kultuurilooline_kollektsioon, lk 98
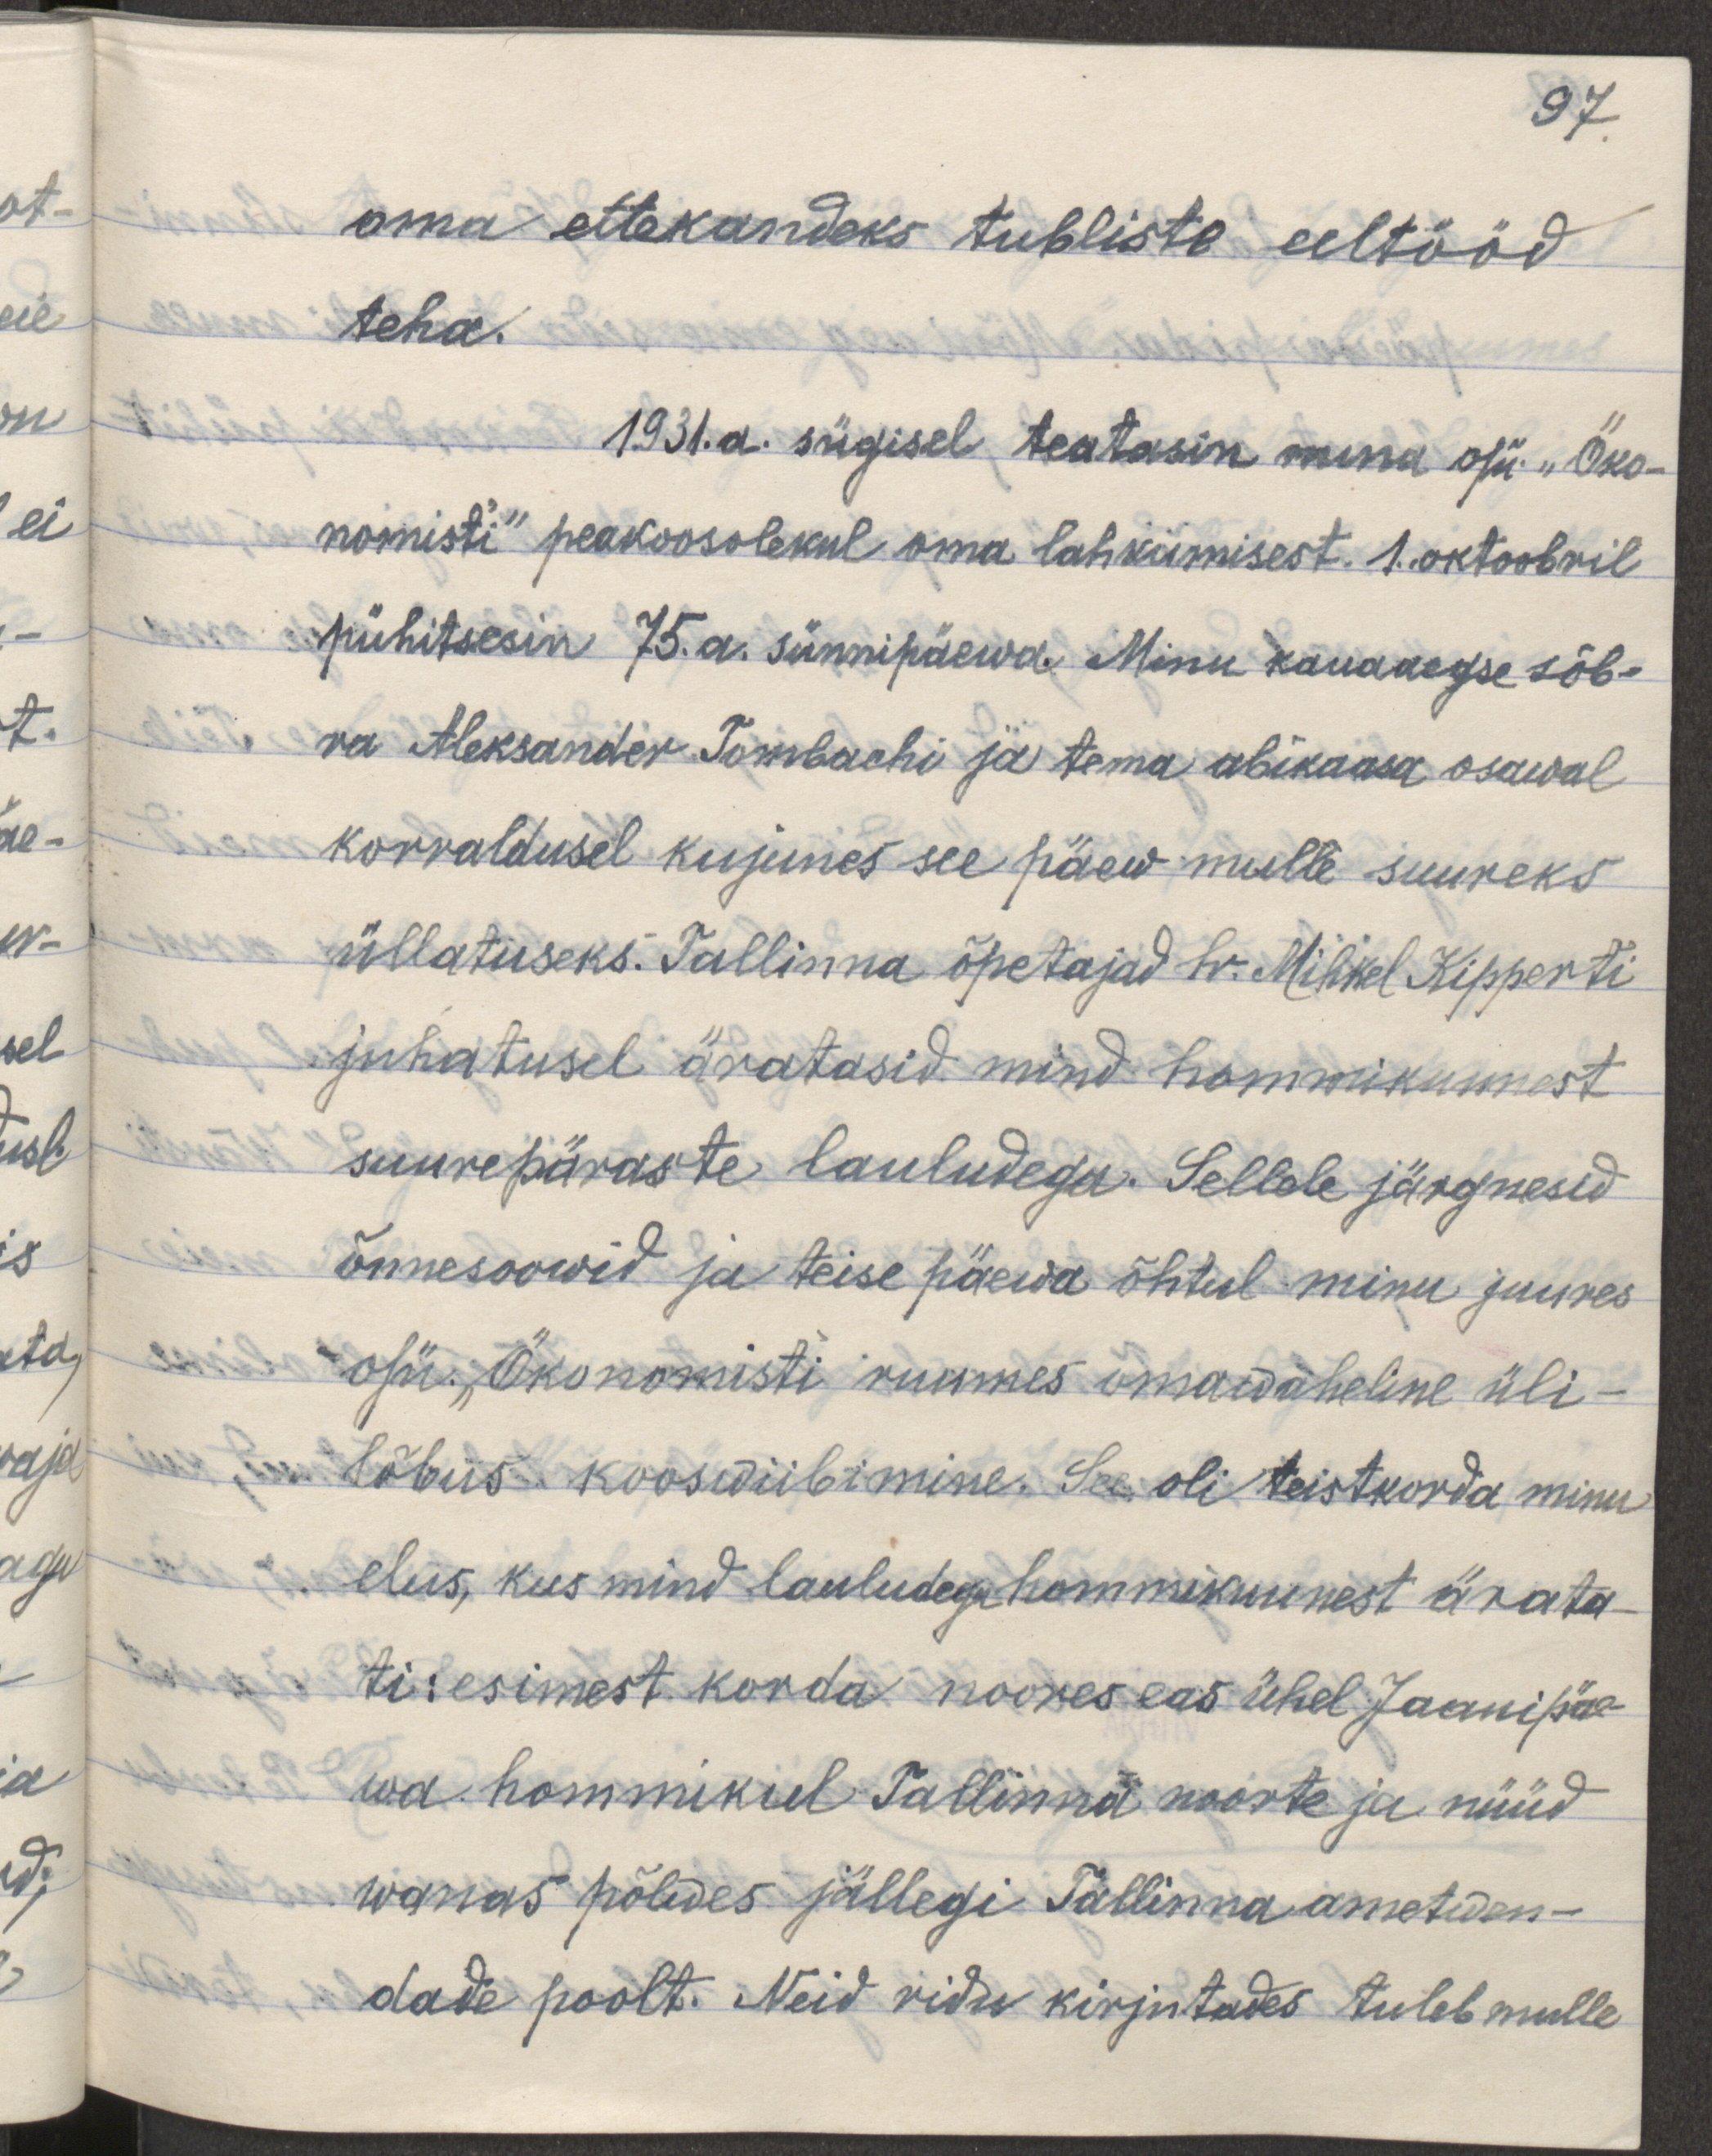
97.
oma ettekandeks tublisti eeltööd 
teha.
1931. a. sügisel teatasin mina o/ü. "Öko-
nomisti" peakoosolekul oma lahkumisest. 1. oktoobril
pühitsesin 75. a. sünnipäewa. Minu kauaaegse sõb-
ra Aleksander Tombachi ja tema abikaasa osawal
korraldusel kujunes see päew mulle suureks
üllatuseks. Tallinna õpetajad hr. Mihkel Kipperti
juhatusel äratasid mind hommikuunest
suurepäraste lauludega. Sellele järgnesid
õnnesoowid ja teise päewa õhtul minu juures 
o/ü. "Ökonomisti" ruumes omawaheline üli-
lõbus kooswiibimine. See oli teistkorda minu
elus, kus mind lauludega hommikuuunest ärata-
ti: esimest korda noores eas jaanipäe-
wa hommikul Tallinna noorte ja nüüd 
wanas põlwes jällegi Tallinna ametkon-
dade poolt. Neid ridu kirjutades tuleb mulle